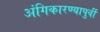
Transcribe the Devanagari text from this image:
अंगिकारण्यापुर्वी